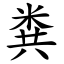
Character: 粪